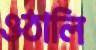
ওঠালি